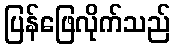
ပြန်ဖြေလိုက်သည်